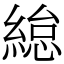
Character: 緿